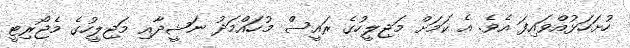
ހުށަހަޅުއްވައިފަ އެވެ. އެ ކަމަށް މަޖިލީހުގެ ރައީސް މުހައްމަދު ނަޝީދާއި މަޖިލީހުގެ މެޖޯރިޓީ